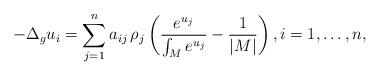
LaTeX: \begin{align*}-\Delta_gu_i=\sum_{j=1}^na_{ij}\,\rho_j\left(\frac{e^{u_j}}{\int_{M}e^{u_j}}-\frac{1}{|M|}\right), i=1,\dots,n,\end{align*}